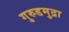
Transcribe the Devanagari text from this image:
गुरुडमुद्रा